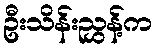
ဦးသိန်းညွှန့်က